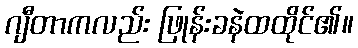
ဂျီတာကလည်း ဖြုန်းခနဲထထိုင်၏။